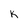
Character: K